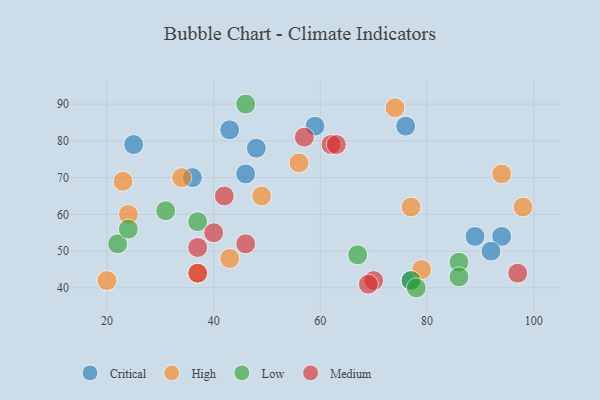
{"axis": {"x": "GDP", "y": "Life Expectancy"}, "legend": ["Critical", "High", "Low", "Medium"], "data": [{"x": "25", "y": 79, "type": "Critical"}, {"x": "76", "y": 84, "type": "Critical"}, {"x": "46", "y": 71, "type": "Critical"}, {"x": "89", "y": 54, "type": "Critical"}, {"x": "94", "y": 54, "type": "Critical"}, {"x": "48", "y": 78, "type": "Critical"}, {"x": "59", "y": 84, "type": "Critical"}, {"x": "92", "y": 50, "type": "Critical"}, {"x": "43", "y": 83, "type": "Critical"}, {"x": "77", "y": 42, "type": "Critical"}, {"x": "36", "y": 70, "type": "Critical"}, {"x": "20", "y": 42, "type": "High"}, {"x": "34", "y": 70, "type": "High"}, {"x": "74", "y": 89, "type": "High"}, {"x": "79", "y": 45, "type": "High"}, {"x": "24", "y": 60, "type": "High"}, {"x": "49", "y": 65, "type": "High"}, {"x": "94", "y": 71, "type": "High"}, {"x": "77", "y": 62, "type": "High"}, {"x": "56", "y": 74, "type": "High"}, {"x": "23", "y": 69, "type": "High"}, {"x": "98", "y": 62, "type": "High"}, {"x": "43", "y": 48, "type": "High"}, {"x": "37", "y": 44, "type": "High"}, {"x": "77", "y": 42, "type": "Low"}, {"x": "86", "y": 47, "type": "Low"}, {"x": "46", "y": 90, "type": "Low"}, {"x": "31", "y": 61, "type": "Low"}, {"x": "67", "y": 49, "type": "Low"}, {"x": "86", "y": 43, "type": "Low"}, {"x": "22", "y": 52, "type": "Low"}, {"x": "24", "y": 56, "type": "Low"}, {"x": "78", "y": 40, "type": "Low"}, {"x": "37", "y": 58, "type": "Low"}, {"x": "46", "y": 52, "type": "Medium"}, {"x": "40", "y": 55, "type": "Medium"}, {"x": "57", "y": 81, "type": "Medium"}, {"x": "42", "y": 65, "type": "Medium"}, {"x": "70", "y": 42, "type": "Medium"}, {"x": "62", "y": 79, "type": "Medium"}, {"x": "63", "y": 79, "type": "Medium"}, {"x": "37", "y": 51, "type": "Medium"}, {"x": "37", "y": 44, "type": "Medium"}, {"x": "97", "y": 44, "type": "Medium"}, {"x": "69", "y": 41, "type": "Medium"}]}